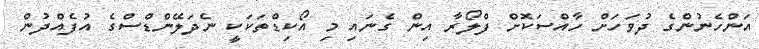
އަންހެނުންގެ ދުވަހަށް ހާއްސަކޮށް ފްލޯރާ އިން ގެނައި މި އޯކިޑްތަކަކީ ނެދަލޭންޑްސްގެ އުފެއްދުން